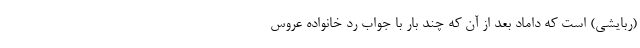
(ربایشی) است که داماد بعد از آن که چند بار با جواب رد خانواده عروس